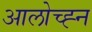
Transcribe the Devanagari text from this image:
आलोच्ह्न